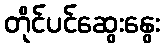
တိုင်ပင်ဆွေးနွေး